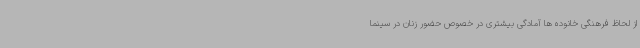
از لحاظ فرهنگی خانوده ها آمادگی بیشتری در خصوص حضور زنان در سینما